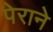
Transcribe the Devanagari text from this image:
पेराने